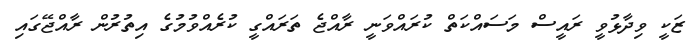
ޒަކީ ވިދާޅުވީ ރައީސް މަސައްކަތް ކުރައްވަނީ ރާއްޖެ ތަރައްގީ ކުރެއްވުމުގެ އިތުރުން ރާއްޖޭގައި